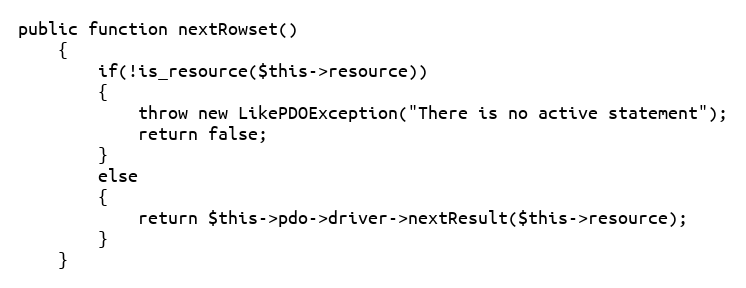
Language: PHP
public function nextRowset()
	{
		if(!is_resource($this->resource))
		{
			throw new LikePDOException("There is no active statement");
			return false;
		}
		else
		{
			return $this->pdo->driver->nextResult($this->resource);
		}
	}